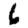
Digit: 6